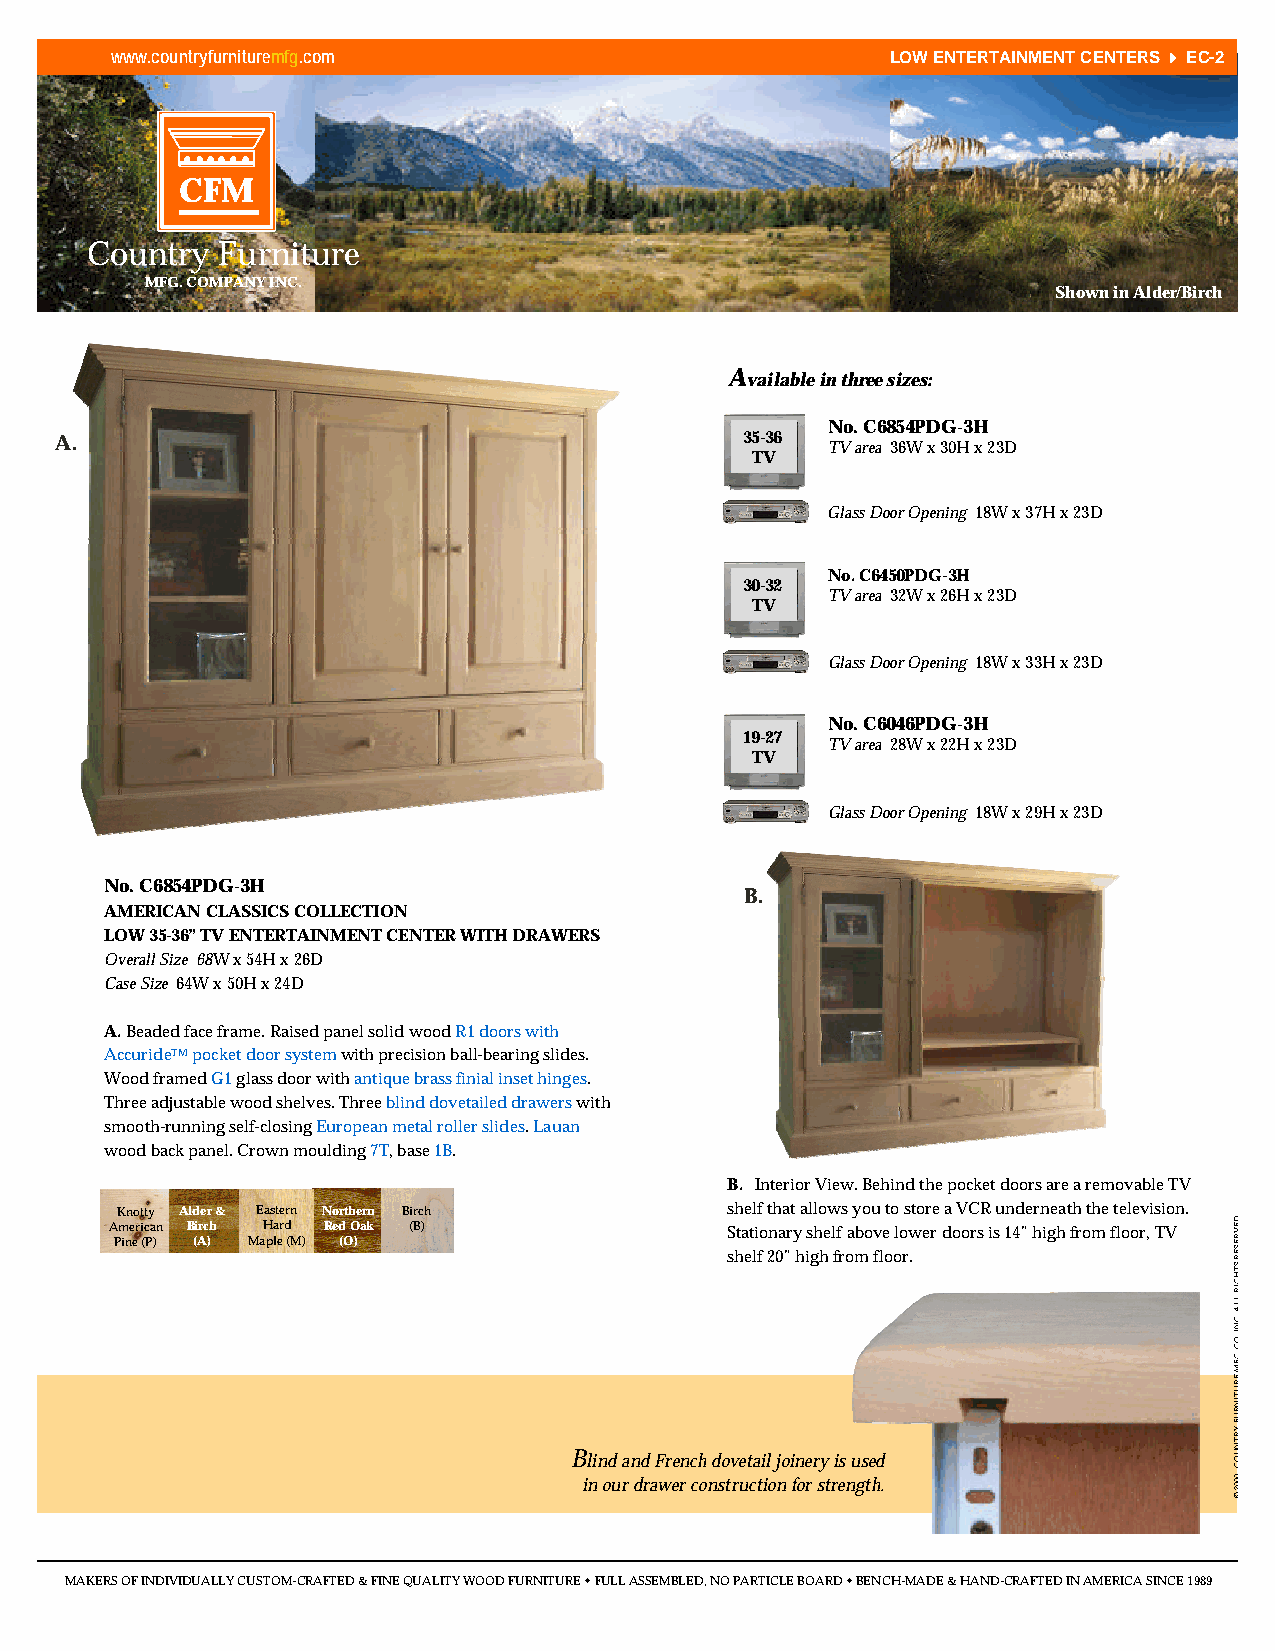
www.countryfurnituremfg.com                         LOW ENTERTAINMENT CENTERS 44EC-2
 CFM
 Country Furniture
 MFG. COMPANY INC.
 Shown in Alder/Birch
 Available in three sizes:
 No. C6854PDG-3H
 A.                                           35-36 TV area 36W x 30H x 23D
 TV
 Glass Door Opening 18W x 37H x 23D
 No. C6450PDG-3H
 30-32
 TV area 32W x 26H x 23D
 TV
 Glass Door Opening 18W x 33H x 23D
 No. C6046PDG-3H
 19-27
 TV area 28W x 22H x 23D
 TV
 Glass Door Opening 18W x 29H x 23D
 No. C6854PDG-3H
 B.
 AMERICAN CLASSICS COLLECTION
 LOW 35-36” TV ENTERTAINMENT CENTER WITH DRAWERS
 Overall Size 68W x 54H x 26D
 Case Size 64W x 50H x 24D
 A. Beaded face frame. Raised panel solid wood R1 doors with
 AccurideTMpocket door systemwith precision ball-bearing slides.
 Wood framed G1glass door with antique brass finial inset hinges.
 Three adjustable wood shelves. Three blind dovetailed drawerswith
 smooth-running self-closing European metal roller slides. Lauan
 wood back panel. Crown moulding 7T, base 1B.
 B. Interior View. Behind the pocket doors are a removable TV
 Knotty Alder & Eastern Northern Birch   shelf that allows you to store a VCR underneath the television.
 American Birch Hard Red Oak (B)          Stationary shelf above lower doors is 14” high from floor, TV
 Pine (P) (A) Maple (M) (O)
 shelf 20” high from floor.
 Blind and French dovetail joinery is used
 in our drawer construction for strength.
 MAKERS OF INDIVIDUALLY CUSTOM-CRAFTED & FINE QUALITY WOOD FURNITURE wFULL ASSEMBLED, NO PARTICLE BOARD wBENCH-MADE & HAND-CRAFTED IN AMERICA SINCE 1989
 .DEVRESER
 STHGIR
 LLA
 .CNI
 .OC
 .GFM
 ERUTINRUF
 YRTNUOC
 .0002
 ©